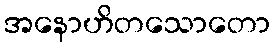
အနောဟိတသောတော